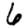
Digit: 6